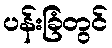
ပန်းခြံတွင်